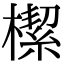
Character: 𣚃